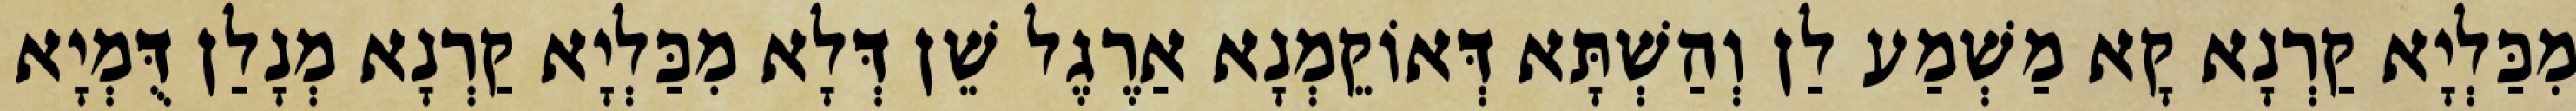
מִכַּלְיָא קַרְנָא קָא מַשְׁמַע לַן וְהַשְׁתָּא דְּאוֹקֵמְנָא אַרֶגֶל שֵׁן דְּלָא מִכַּלְיָא קַרְנָא מְנָלַן דֻּמְיָא